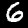
Label: 6